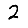
Digit: 2